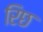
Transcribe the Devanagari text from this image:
रिछ